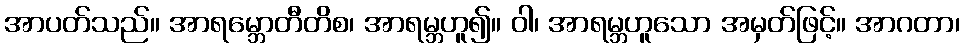
အာပတ်သည်။ အာရမ္ဘောတီတိစ၊ အာရမ္ဘဟူ၍။ ဝါ၊ အာရမ္ဘဟူသော အမှတ်ဖြင့်။ အာဂတာ၊